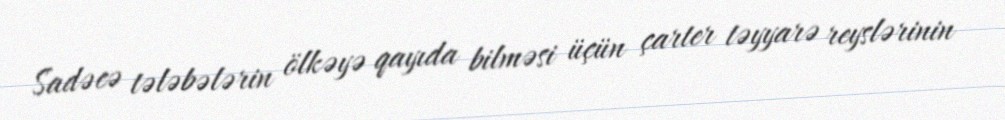
Sadəcə tələbələrin ölkəyə qayıda bilməsi üçün çarter təyyarə reyslərinin